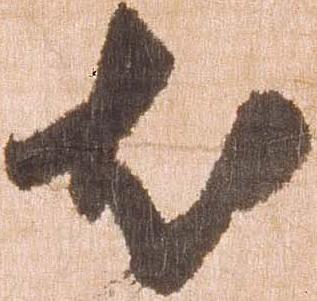
尤